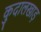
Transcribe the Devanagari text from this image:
कुदालखाड़